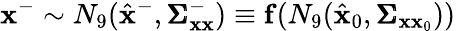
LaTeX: \mathbf{x}^{-}\sim N_{9}(\hat{\mathbf{x}}^{-},\pmb{\Sigma}_{\mathbf{x}\mathbf{x}}^{-})\equiv\mathbf{f}(N_{9}(\hat{\mathbf{x}}_{0},\pmb{\Sigma}_{\mathbf{x}\mathbf{x}_{0}}))